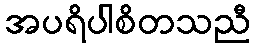
အပရိပါစိတသညီ